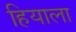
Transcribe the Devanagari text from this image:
हियाला